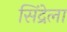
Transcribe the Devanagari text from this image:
सिंद्रेला